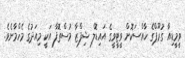
ވީމީޑިއާ ގުރޫޕްގެ ހާއްސަކޮށް ވީޓީވީގެ އައިޑޮލް ޝިފްޒާ މުސްތޮފާ އަކީ މިއަދުގެ މެހްމާނެވެ.